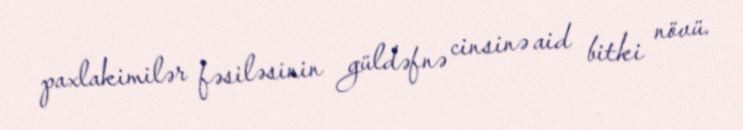
paxlakimilər fəsiləsinin güldəfnə cinsinə aid bitki növü.